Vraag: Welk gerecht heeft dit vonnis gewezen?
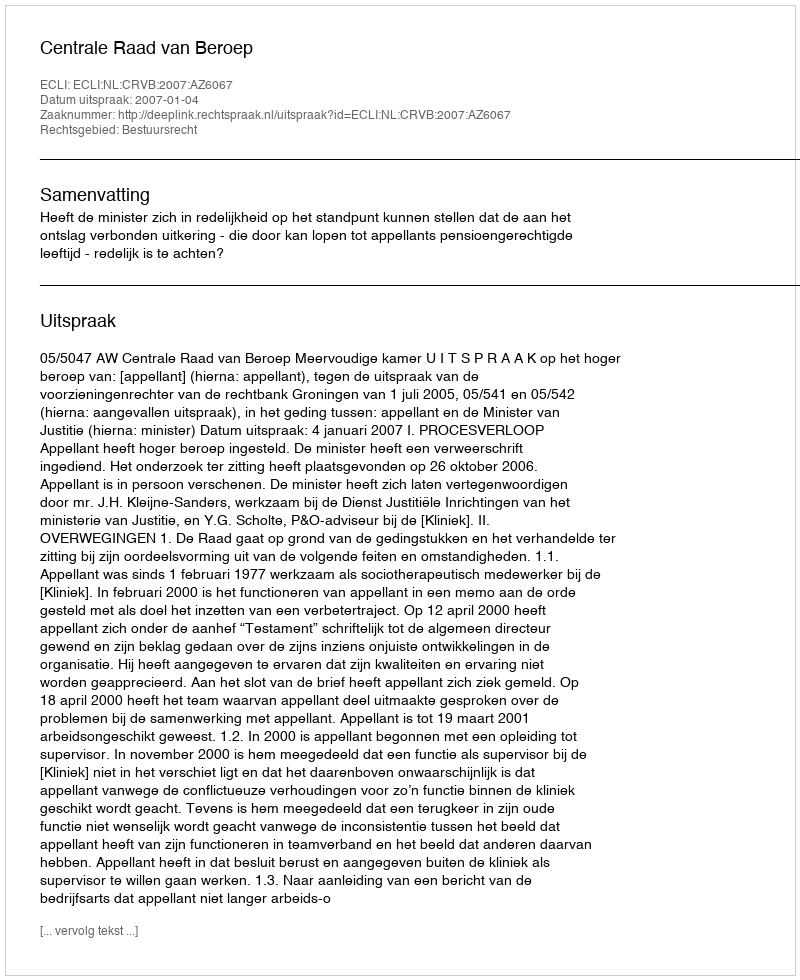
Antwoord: Centrale Raad van Beroep